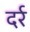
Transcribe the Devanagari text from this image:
दर्र